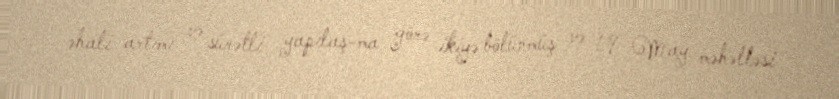
əhali artımı və sürətli yapılaş-ma görə ikiyə bölünmüş və 19 May məhəlləsi